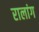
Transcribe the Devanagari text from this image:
रालांग